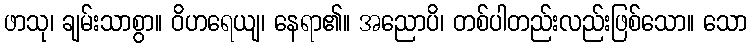
ဖာသု၊ ချမ်းသာစွာ။ ဝိဟရေယျ၊ နေရာ၏။ အညောပိ၊ တစ်ပါတည်းလည်းဖြစ်သော။ သော